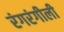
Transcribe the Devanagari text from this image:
रंगरंगीली